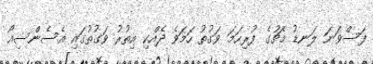
ފަސްވަނަ ލަނޑު މެޗުގެ ފުރިހަމަ ވަގުތު ހަމަވެ ދެއްކި އިތުރު ވަގުތުގައި އެސެންސިއޯ